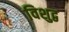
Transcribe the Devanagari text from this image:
विशुद्व